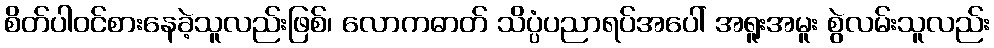
စိတ်ပါဝင်စားနေခဲ့သူလည်းဖြစ်၊ လောကဓာတ် သိပ္ပံပညာရပ်အပေါ် အရူးအမူး စွဲလမ်းသူလည်း